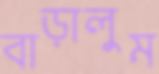
বাড়ালুম